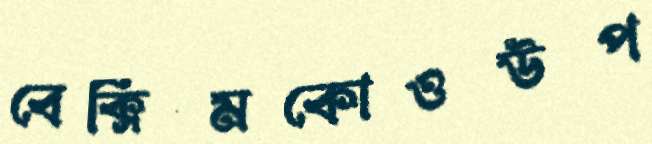
বেক্সিমকোওউপ